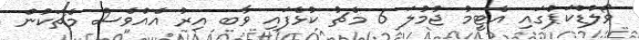
ވޯލްޑްކަޕްގައި އެޓީމު ޖުމުލަ 6 މެޗު ކުޅެފައި ވާބ އިރު އެއްވެސް މެޗަކުން